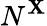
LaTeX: N^{\mathbf{X}}